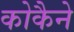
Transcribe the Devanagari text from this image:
कोकैने